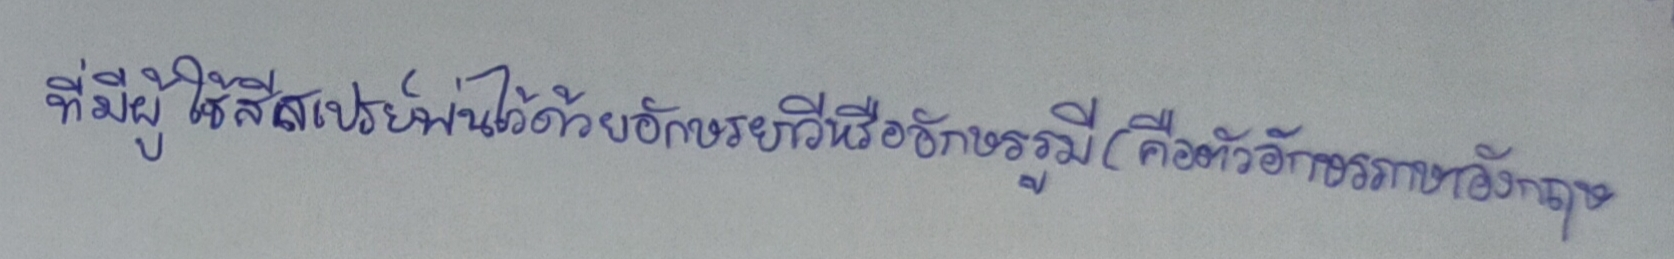
ที่มีผู้ใช้สีสเปรย์พ่นไว้ด้วยอักษรยาวีหรืออักษรรูมี(คือตัวอักษรภาษาอังกฤษ)